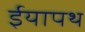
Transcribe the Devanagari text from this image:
ईयापथ